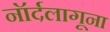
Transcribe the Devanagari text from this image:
नॉर्दलागूना